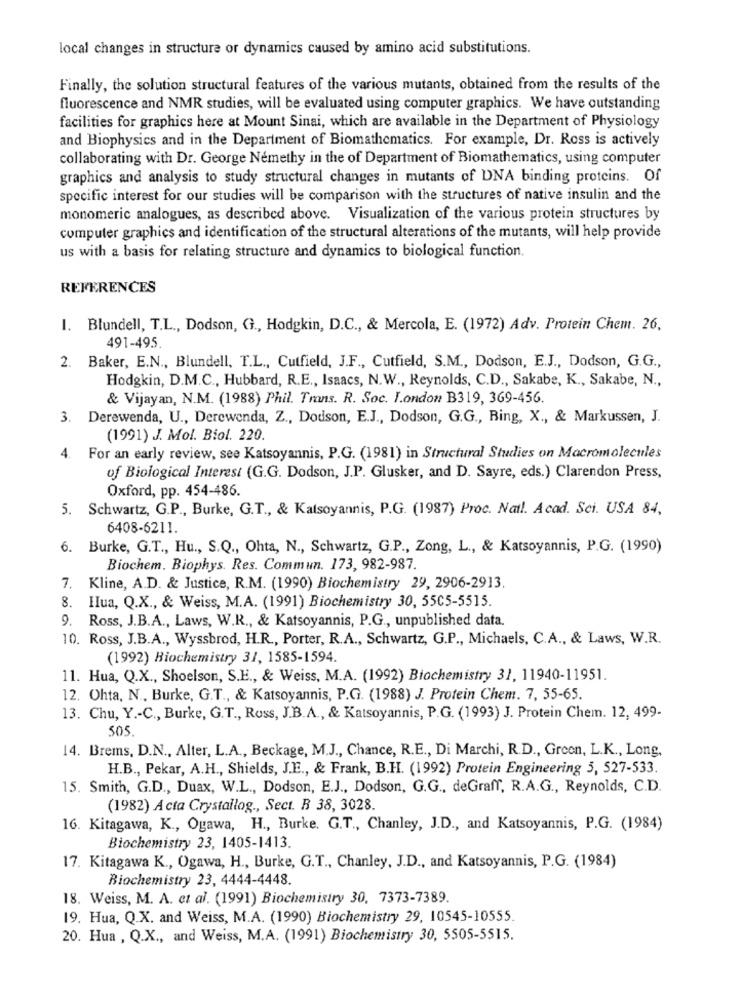
local changes in structure or dynamics caused by amino acid substitutions.
Finally, the solution structural features of the various mutants, obtained from the results of the
fluorescence and NMR studies, will be evaluated using computer graphics. We have outstanding
facilities for graphics here at Mount Sinai, which are available in the Department of Physiology
and Biophysics and in the Department of Biomathematics. For example, Dr. Ross is actively
collaborating with Dr. George Némethy in the of Department of Biomathematics, using computer
graphics and analysis to study structural changes in mutants of DNA binding proteins. Of
specific interest for our studies will be comparison with the structures of native insulin and the
monomeric analogues, as described above. Visualization of the various protein structures by
computer graphics and identification of the structural alterations of the mutants, will help provide
us with a basis for relating structure and dynamics to biological function.
REFERENCES
1. Blundell, T.L ., Dodson, G ., Hodgkin, D.C ., & Mercola, E. (1972) Adv. Protein Chem. 26,
491-495
2. Baker, E.N ., Blundell, T.L ., Cutfield, J.F ., Cutfield, S.M ., Dodson, E.J ., Dodson, G.G .,
Hodgkin, D.M.C ., Hubbard, R.E ., Isaacs, N.W ., Reynolds, C.D ., Sakabe, K ., Sakabe, N .,
& Vijayan, N.M. (1988) Phil. Trans. R. Soc. London B319, 369-456.
3. Derewenda, U ., Derewenda, Z ., Dodson, E.J ., Dodson, G.G ., Bing, X ., & Markussen, J.
(1991) J. Mol. Biol. 220.
4.
For an early review, see Katsoyannis, P.G. (1981) in Structural Studies on Macromolecules
of Biological Interest (G.G. Dodson, J.P. Glusker, and D. Sayre, eds.) Clarendon Press,
Oxford, pp. 454-486.
5. Schwartz, G.P ., Burke, G.T ., & Katsoyannis, P.G. (1987) Proc. Nail. Acad. Sci. USA 84,
6408-6211.
6. Burke, G.T ., Hu ., S.Q ., Ohta, N ., Schwartz, G.P ., Zong, L ., & Katsoyannis, P.G. (1990)
Biochem. Biophys. Res. Commun. 173, 982-987.
7. Kline, A.D. & Justice, R.M. (1990) Biochemistry 29, 2906-2913.
8.
Hua, Q.X ., & Weiss, M.A. (1991) Biochemistry 30, 5505-5515.
9. Ross, J.B.A ., Laws, W.R ., & Katsoyannis, P.G ., unpublished data.
10. Ross, J.B.A ., Wyssbrod, H.R ., Porter, R.A ., Schwartz, G.P ., Michaels, C.A ., & Laws, W.R.
(1992) Biochemistry 31, 1585-1594.
11. Hua, Q.X ., Shoelson, S.E ., & Weiss, M.A. (1992) Biochemistry 31, 11940-11951.
12. Ohta, N ., Burke, G.T ., & Katsoyannis, P.G. (1988) J. Protein Chem. 7, 55-65.
13. Chu, Y .- C ., Burke, G.T ., Ross, J.B.A ., & Katsoyannis, P.G. (1993) J. Protein Chem. 12, 499-
505.
14. Brems, D.N ., Alter, L.A ., Beckage, M.J ., Chance, R.E ., Di Marchi, R.D ., Green, L.K ., Long,
H.B ., Pekar, A.H ., Shields, J.E ., & Frank, B.H. (1992) Protein Engineering 5, 527-533.
15. Smith, G.D ., Duax, W.L ., Dodson, E.J ., Dodson, G.G ., deGraff, R.A.G ., Reynolds, C.D.
(1982) Acta Crystallog ., Sect. B 38, 3028.
16. Kitagawa, K ., Ogawa, H ., Burke. G.T ., Chanley, J.D ., and Katsoyannis, P.G. (1984)
Biochemistry 23, 1405-1413.
17. Kitagawa K ., Ogawa, H ., Burke, G.T ., Chanley, J.D ., and Katsoyannis, P.G. (1984)
Biochemistry 23, 4444-4448.
18. Weiss, M. A. et al. (1991) Biochemistry 30, 7373-7389.
19. Hua, Q.X. and Weiss, M.A. (1990) Biochemistry 29, 10545-10555.
20. Hua , Q.X ., and Weiss, M.A. (1991) Biochemistry 30, 5505-5515.